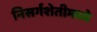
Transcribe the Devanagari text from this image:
निसर्गशेतीमध्ये